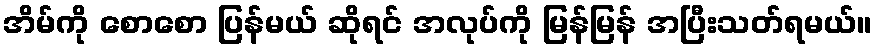
အိမ်ကို စောစော ပြန်မယ် ဆိုရင် အလုပ်ကို မြန်မြန် အပြီးသတ်ရမယ်။